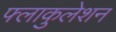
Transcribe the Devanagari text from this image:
फ्लाकुलेशन